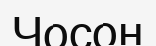
Чосон